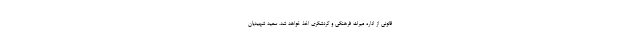
قانونی از اداره میراث فرهنگی و گردشگری اخذ خواهد شد. سعید شهیدیان